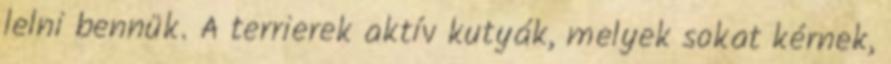
lelni bennük. A terrierek aktív kutyák, melyek sokat kérnek,